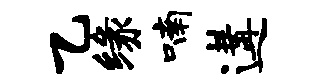
乙缘喃遘